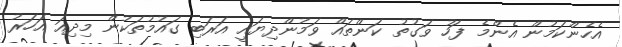
އެހެންކަމުން އެންމެ ފަހު ވަގުތު ކަންތައް ވަމުންދިޔައީ އަރަބި ގައުމުތަކުން މިދިއަ އަހަރު